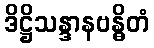
ဒိဋ္ဌိသန္ဒာနဗန္ဓိတံ